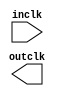

module clockslow (
	inclk,
	outclk);	

	input		inclk;
	output		outclk;
endmodule